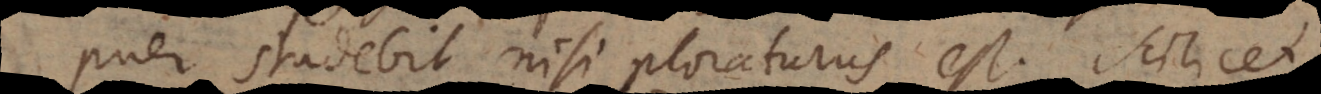
puer studebit nisi ploraturus est. Scilic